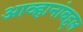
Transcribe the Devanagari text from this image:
आव्हानांबद्दल